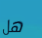
هل